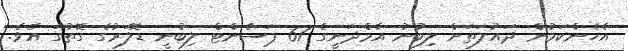
އެހެންކަމުން ދައުލަތަށް ލިބުނު އާމްދަނީގެ 61 ޕަސެންޓް ލިބުނީ ޑޮލަރުގެ ގޮތުގަ އެވެ.